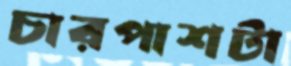
চারপাশটা